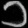
Digit: ၁